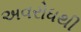
અવરોધથી